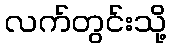
လက်တွင်းသို့